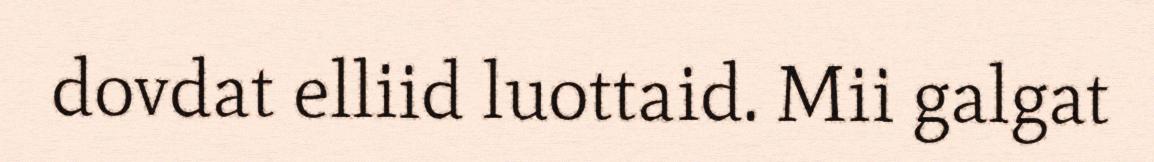
dovdat elliid luottaid. Mii galgat